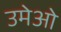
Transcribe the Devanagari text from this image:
उमेओ